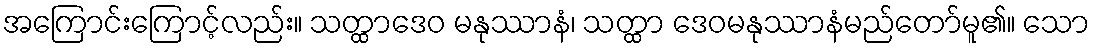
အကြောင်းကြောင့်လည်း။ သတ္ထာဒေဝ မနုဿာနံ၊ သတ္ထာ ဒေဝမနုဿာနံမည်တော်မူ၏။ သော